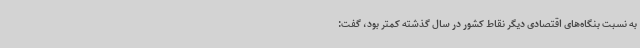
به نسبت بنگاه‌های اقتصادی دیگر نقاط کشور در سال گذشته کمتر بود، گفت: